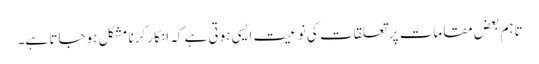
تاہم بعض مقامات پر تعلقات کی نوعیت ایسی ہوتی ہے کہ انکار کرنا مشکل ہوجاتا ہے۔